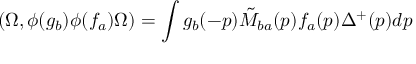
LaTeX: ( \Omega , \phi ( g _ { b } ) \phi ( f _ { a } ) \Omega ) = \int g _ { b } ( - p ) \tilde { M } _ { b a } ( p ) f _ { a } ( p ) \Delta ^ { + } ( p ) d p